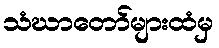
သံဃာတော်များထံမှ